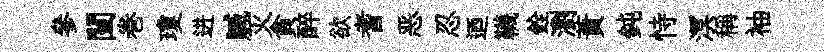
參闉巻瓊进贓灭貪醉欲耆恶忍迺韈銓瀏蕡鈍恃溟稱袖